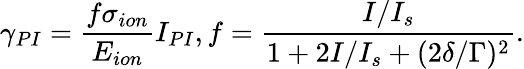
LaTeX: \gamma_{PI}=\frac{f\sigma_{ion}}{E_{ion}}I_{PI},f=\frac{I/I_{s}}{1+2I/I_{s}+(2\delta/\Gamma)^{2}}.